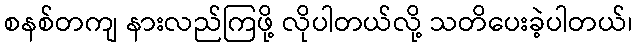
စနစ်တကျ နားလည်ကြဖို့ လိုပါတယ်လို့ သတိပေးခဲ့ပါတယ်၊